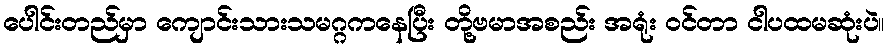
ပေါင်းတည်မှာ ကျောင်းသားသမဂ္ဂကနေပြီး တို့ဗမာအစည်း အရုံး ဝင်တာ ငါပထမဆုံးပဲ။